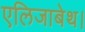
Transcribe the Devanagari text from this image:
एलिजाबेथ।